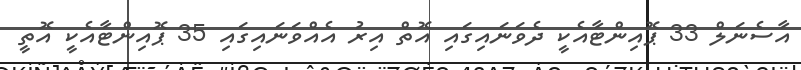
އާސެނަލް 33 ޕޮއިންޓާއެކީ ދެވަނައިގައި އޮތް އިރު އެއްވަނައިގައި 35 ޕޮއިންޓާއެކީ އޮތީ